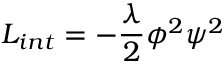
{ \cal L } _ { i n t } = - \frac { \lambda } { 2 } { \phi } ^ { 2 } { \psi } ^ { 2 }